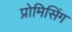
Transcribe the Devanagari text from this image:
प्रोमिसिंग